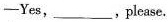
-Yes,__,please.